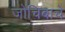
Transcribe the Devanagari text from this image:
जोचिबाचे